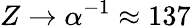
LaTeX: Z\to\alpha^{-1}\approx 137